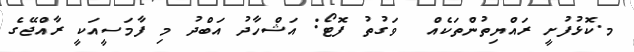
މ.ކޮޅުފުށީ ރައްޔިތުންތަކެއް  ވަގުތު ފޮޓޯ: އަޝްހާދު އަބްދު މި ފާމަސީއަކީ ރާއްޖޭގެ